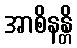
အာစိနန္တိ